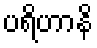
ပရိဟာနိ